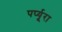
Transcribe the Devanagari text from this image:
पर्प्यूरा